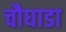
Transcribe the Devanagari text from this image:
चौघाडा